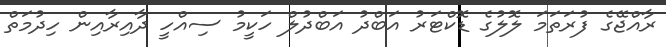
ރާއްޖޭގެ ފުރަތަމަ ލޮލުގެ ޑޮކްޓަރު އަބްދު އަބްދުލް ހަކީމު ސިއްހީ ދާއިރާއިން ހިދުމަތް